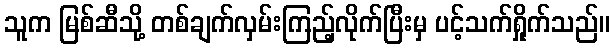
သူက မြစ်ဆီသို့ တစ်ချက်လှမ်းကြည့်လိုက်ပြီးမှ ပင့်သက်ရှိုက်သည်။